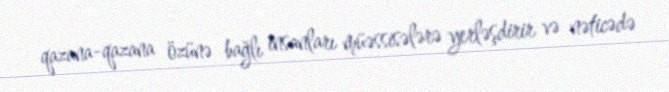
qazana-qazana özünə bağlı insanları müəssisələrə yerləşdirir və nəticədə